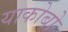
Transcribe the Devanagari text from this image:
याकोबो